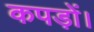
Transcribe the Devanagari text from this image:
कपड़ों।